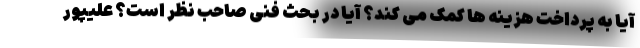
آیا به پرداخت هزینه ها کمک می کند؟ آیا در بحث فنی صاحب نظر است؟ علیپور